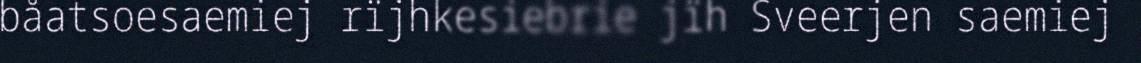
båatsoesaemiej rïjhkesiebrie jïh Sveerjen saemiej